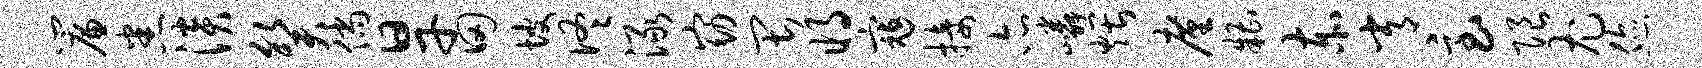
帘悉淡癸倘旱田坡佟渌窈畏将寇接亦嶙煨廑糟赤常急限尤您